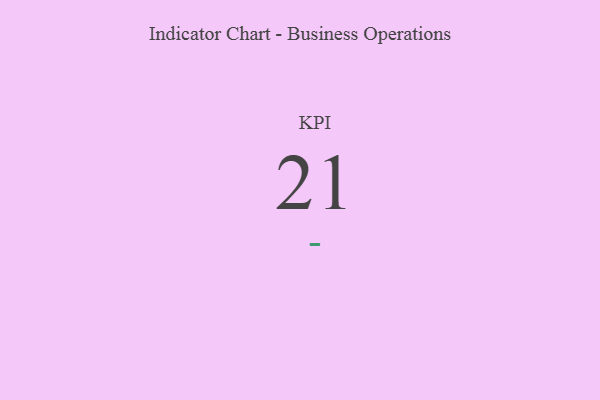
{"axis": {"x": "KPI", "y": "Value"}, "legend": [""], "data": [{"x": "KPI", "y": 21, "type": ""}]}